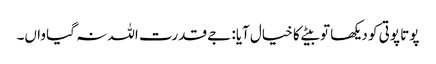
پوتا پوتی کو دیکھا تو بیٹے کا خیال آیا: جے قدرت اللہ نہ گیا واں۔